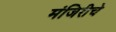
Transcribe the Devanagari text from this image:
मंजिरीचे